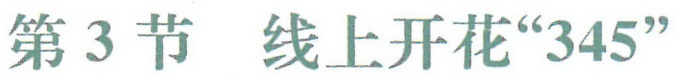
第3节 线上开花“345”